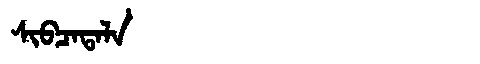
Manchu: ᠰᡳᠪᠴᠠᡨᠠᠯᠠ
Romanization: SIBCATALA